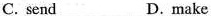
C. send D.make